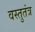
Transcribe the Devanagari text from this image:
वस्तुतंत्र